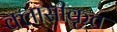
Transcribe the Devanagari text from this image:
क्लासीकृत